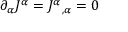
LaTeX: \partial _ { \alpha } J ^ { \alpha } = J ^ { \alpha } { } _ { , \alpha } = 0